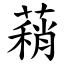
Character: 蕱